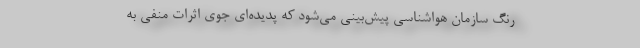
‌رنگ سازمان هواشناسی پیش‌بینی می‌شود که پدیده‌ای جوی اثرات منفی به